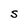
Character: S